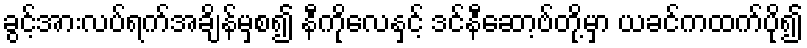
ခွင့်အားလပ်ရက်အချိန်မှစ၍ နီကိုလေနှင့် ဒင်နီဆော့ဗ်တို့မှာ ယခင်ကထက်ပို၍